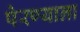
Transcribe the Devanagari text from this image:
पेरण्याला